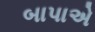
બાપાએ